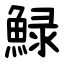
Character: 䱚